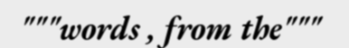
"""words , from the"""